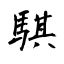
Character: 騏